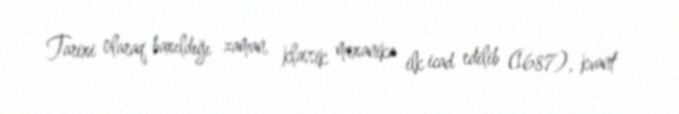
Tarixi olaraq baxıldığı zaman, klassik mexanika ilk icad edilib (1687), kvant